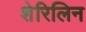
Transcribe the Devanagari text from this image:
शेरिलिन